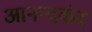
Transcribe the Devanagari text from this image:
आनन्‍दकंद